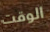
الوقت